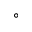
^ \circ